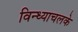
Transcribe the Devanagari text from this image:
विन्ध्याचलके